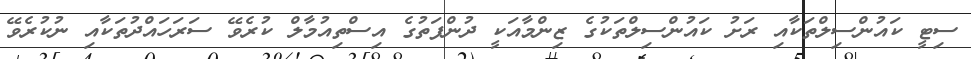
ސިޓީ ކައުންސިލްތަކާއި ރަށު ކައުންސިލްތަކުގެ ޒިންމާއަކީ ދުންފަތުގެ އިސްތިއުމާލް ކުރެވޭ ސަރަހައްދުތަކާއި ނުކުރެވޭ